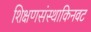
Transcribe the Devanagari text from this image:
शिक्षणसंस्थाकिनवट